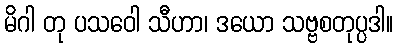
မိဂါ တု ပသဝေါ သီဟာ၊ ဒယော သဗ္ဗစတုပ္ပဒါ။